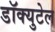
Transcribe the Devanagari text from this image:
डॉक्युटेल